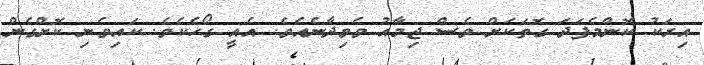
އިރަކު ކޮންމެފަދަ ގޮތަކަށް ވެސް ޖިމާއު ވެވިދާނެއެވެ. އެއީ ގޯހެކެވެ. ކައިވެނި ކޮށްގެން